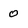
Character: 0